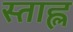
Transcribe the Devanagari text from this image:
स्ताह्ल